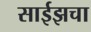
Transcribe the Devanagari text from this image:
साईझचा